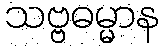
သဗ္ဗဓမ္မာန